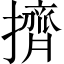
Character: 擠